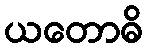
ယတောဓိ